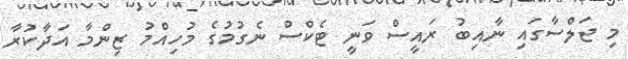
މި ޖަލްސާގައި ނާއިބު ރައީސް ވަނީ ޓެކްސް ނެގުމުގެ މުހިއްމު ޒިންމާ އަދާކުރާ